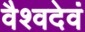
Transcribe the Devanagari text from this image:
वैश्वदेवं